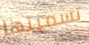
تسميتها